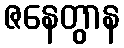
ဇနေတွာန